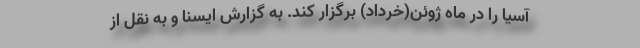
آسیا را در ماه ژوئن(خرداد) برگزار کند. به گزارش ایسنا و به نقل از